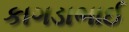
કાગડાભાઈ